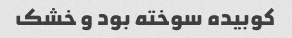
کوبیده سوخته بود و خشک